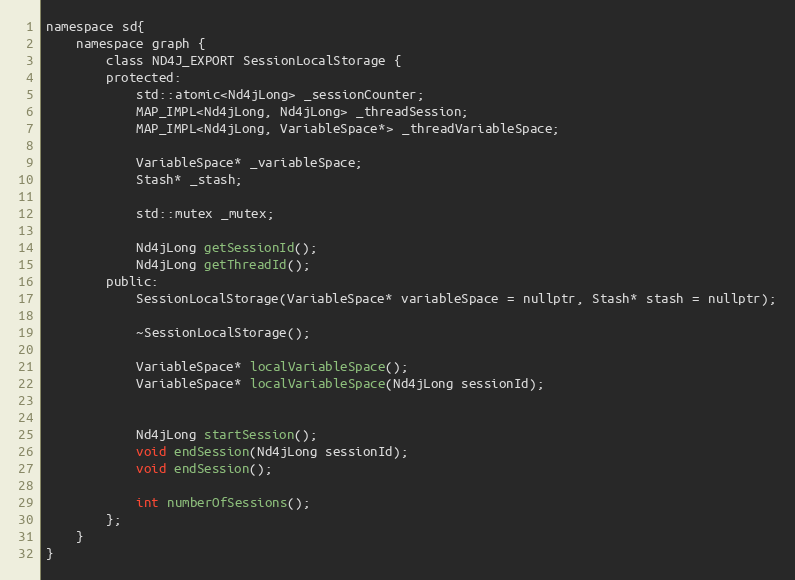
Language: C
namespace sd{
    namespace graph {
        class ND4J_EXPORT SessionLocalStorage {
        protected:
            std::atomic<Nd4jLong> _sessionCounter;
            MAP_IMPL<Nd4jLong, Nd4jLong> _threadSession;
            MAP_IMPL<Nd4jLong, VariableSpace*> _threadVariableSpace;

            VariableSpace* _variableSpace;
            Stash* _stash;

            std::mutex _mutex;

            Nd4jLong getSessionId();
            Nd4jLong getThreadId();
        public:
            SessionLocalStorage(VariableSpace* variableSpace = nullptr, Stash* stash = nullptr);

            ~SessionLocalStorage();

            VariableSpace* localVariableSpace();
            VariableSpace* localVariableSpace(Nd4jLong sessionId);

            Nd4jLong startSession();
            void endSession(Nd4jLong sessionId);
            void endSession();

            int numberOfSessions();
        };
    }
}